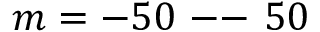
m = - 5 0 \mathrm { ~ -- ~ } 5 0